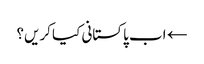
← اب پاکستانی کیا کریں؟